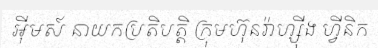
អ៊ីមស៍ នាយកប្រតិបត្តិ ក្រុមហ៊ុនរ៉ាហ្ស៊ីង ហ្វីនិក